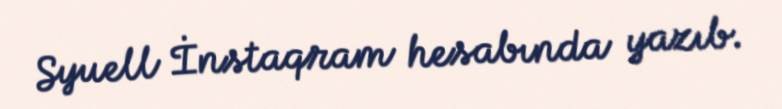
Syuell İnstaqram hesabında yazıb.